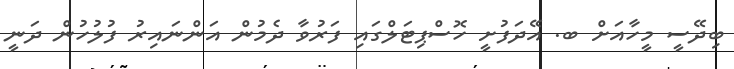
ބިދޭސީ މީހާއަށް ބ. އޭދަފުށީ ހޮސްޕިޓަލްގައި ފަރުވާ ދެމުން އަންނައިރު ފުލުހުން ދަނީ